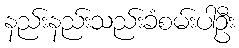
နည်းနည်းသည်းခံစမ်းပါဦး